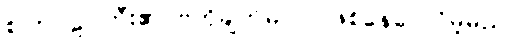
စကြဝဠာကြီး၏ ဗဟိုချက်မပင် ဖြစ်နေပေလိမ့်မည်။